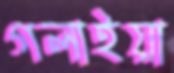
গলাইয়া